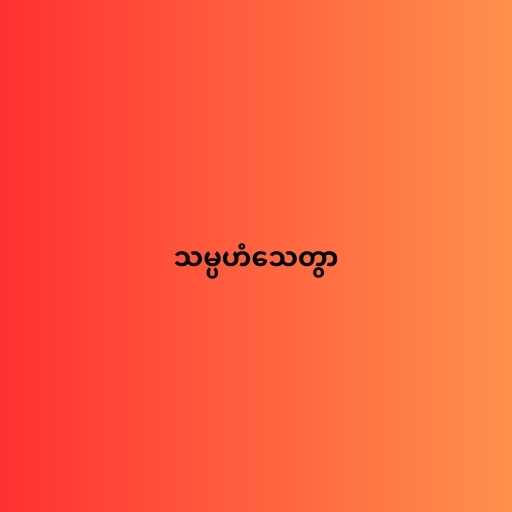
သမ္ပဟံသေတွာ